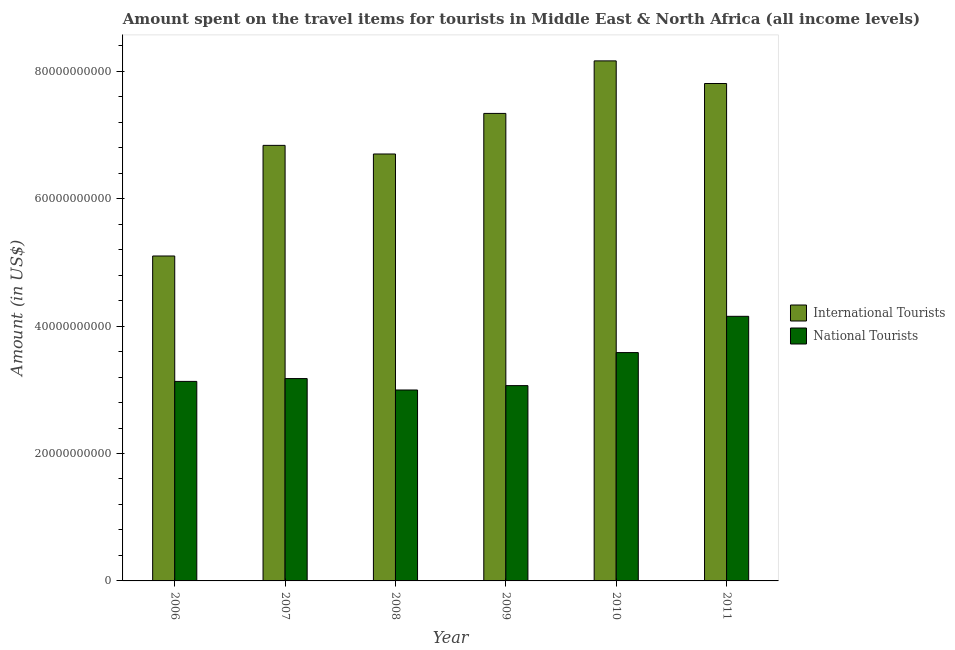
| Year | International Tourists | National Tourists |
 | --- | --- | --- |
 | 2006 | 5.1e+10 | 3.13e+10 |
 | 2007 | 6.84e+10 | 3.18e+10 |
 | 2008 | 6.7e+10 | 3e+10 |
 | 2009 | 7.34e+10 | 3.07e+10 |
 | 2010 | 8.16e+10 | 3.58e+10 |
 | 2011 | 7.81e+10 | 4.15e+10 |